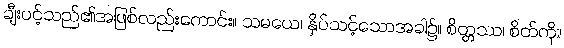
ချီးပင့်သည်၏အဖြစ်လည်းကောင်း။ သမယေ၊ နှိပ်သင့်သောအခါ၌။ စိတ္တဿ၊ စိတ်ကို။